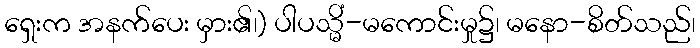
ရှေးက အနက်ပေး မှား၏၊) ပါပသ္မိံ-မကောင်းမှု၌၊ မနော-စိတ်သည်၊